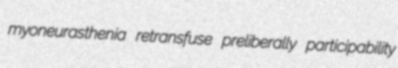
myoneurasthenia retransfuse preliberally participability